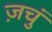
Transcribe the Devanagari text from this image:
ज़चुं